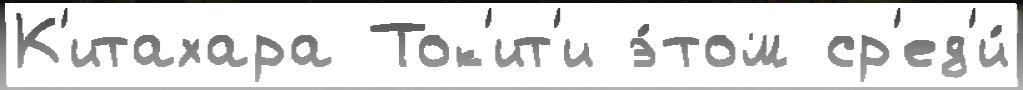
К'итахара Ток'ит'и э́том ср'ед'и́